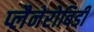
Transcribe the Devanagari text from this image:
प्लैनेरोबिडी